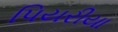
પિયરીયા